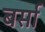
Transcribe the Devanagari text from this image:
बर्सा